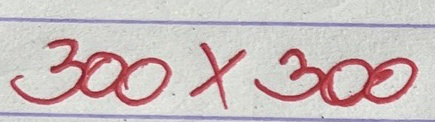
300 x 300